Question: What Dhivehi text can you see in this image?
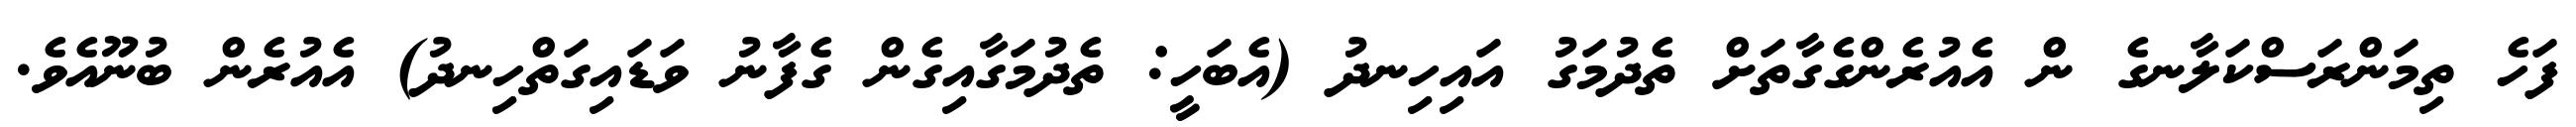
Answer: ފަހެ ތިމަންރަސްކަލާނގެ ން އެއުރެންގެގާތަށް ތެދުމަގު އައިހިނދު (އެބަހީ: ތެދުމަގާއިގެން ގެފާނު ވަޑައިގަތްހިނދު) އެއުރެން ބުނޫއެވެ.